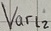
Text: Varl2